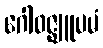
ဂေါဝဇ္ဈူပမံ